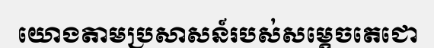
យោងតាមប្រសាសន៍របស់សម្តេចតេជោ